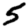
Digit: 5